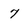
Character: 7